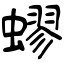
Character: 蟉